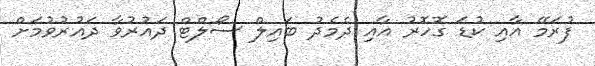
ފުރަމޭ އާއި ކުޑަ ގޮހޮރު އާއި ދެމެދު ބައިލް ސޯލްޓް ދައުރުވާ ދައުރުވުމަށް